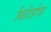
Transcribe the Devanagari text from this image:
बिटिहोत्रा